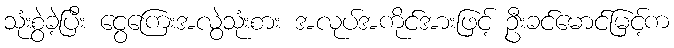
သုံးစွဲခဲ့ပြီး ငွေကြေးအလွဲသုံးစား အလုပ်အကိုင်အားဖြင့် ဦးခင်မောင်မြင့်က